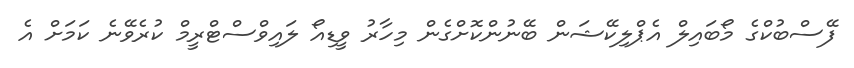
ފޭސްބުކްގެ މޯބައިލް އެޕްލިކޭޝަން ބޭނުންކޮށްގެން މިހާރު ވީޑިއޯ ލައިވްސްޓްރީމް ކުރެވޭނެ ކަމަށް އެ